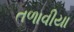
તળાવીયા